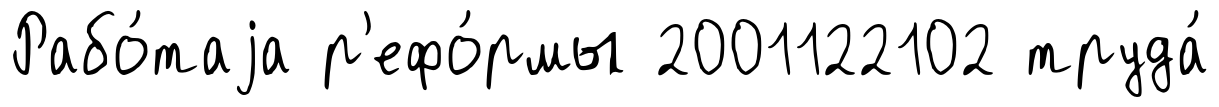
Рабо́таjа р'ефо́рмы 2001122102 труда́